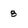
Character: 8